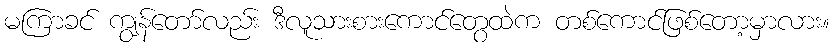
မကြာခင် ကျွန်တော်လည်း ဒီလူသားစားကောင်တွေထဲက တစ်ကောင်ဖြစ်တော့မှာလား။